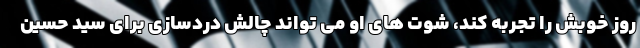
روز خوبش را تجربه کند، شوت های او می تواند چالش دردسازی برای سید حسین